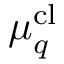
\boldsymbol { \mu } _ { q } ^ { \mathrm { c l } }